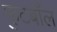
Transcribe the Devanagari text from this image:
फुटबाँल